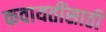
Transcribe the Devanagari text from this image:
कवायतींसाठी